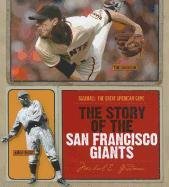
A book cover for The Story of the San Francisco Giants (Baseball: the Great American Game); Michael E. Goodman; Teen & Young Adult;